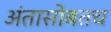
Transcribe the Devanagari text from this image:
अंतासोबतच